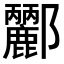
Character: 𨟫